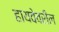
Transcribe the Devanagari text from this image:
हायवेवरील